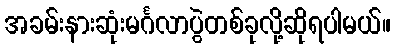
အခမ်းနားဆုံးမင်္ဂလာပွဲတစ်ခုလို့ဆိုရပါမယ်။